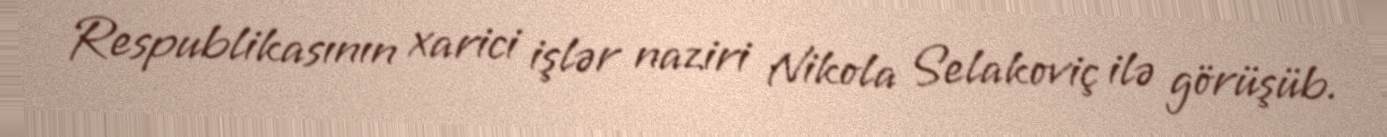
Respublikasının xarici işlər naziri Nikola Selakoviç ilə görüşüb.